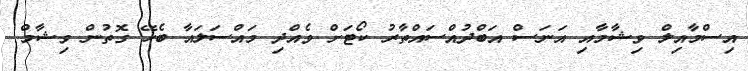
އިސްމާއިލް ވިޝާމާއި އަނަސް އަބްދުއްސައްތާރު ކޯޓަށް ވެއްދި މައްސަލައާ ބެހޭ ގޮތުން ވިޝާމް